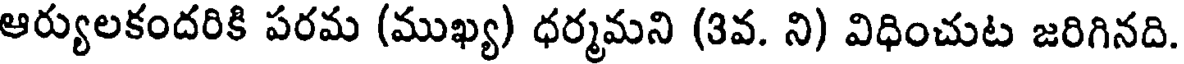
ఆర్యులకందరికి పరమ (ముఖ్య) ధర్మమని (3వ. ని) విధించుట జరిగినది